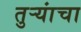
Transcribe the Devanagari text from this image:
तुऱ्यांचा